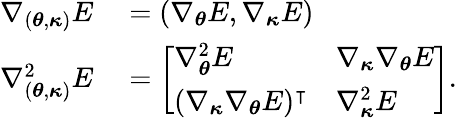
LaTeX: \begin{array}{rl}{\nabla_{({\boldsymbol{\theta}},{\boldsymbol{\kappa}})}E}&{{}=(\nabla_{{\boldsymbol{\theta}}}E,\nabla_{{\boldsymbol{\kappa}}}E)}\\ {\nabla_{({\boldsymbol{\theta}},{\boldsymbol{\kappa}})}^{2}E}&{{}=\left[\begin{array}{ll}{\nabla_{{\boldsymbol{\theta}}}^{2}E}&{\nabla_{{\boldsymbol{\kappa}}}\nabla_{{\boldsymbol{\theta}}}E}\\ {(\nabla_{{\boldsymbol{\kappa}}}\nabla_{{\boldsymbol{\theta}}}E)^{\intercal}}&{\nabla_{{\boldsymbol{\kappa}}}^{2}E}\end{array}\right].}\end{array}